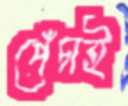
পেঁচাই